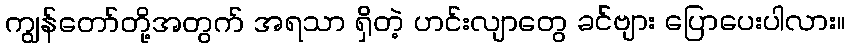
ကျွန်တော်တို့အတွက် အရသာ ရှိတဲ့ ဟင်းလျာတွေ ခင်ဗျား ပြောပေးပါလား။